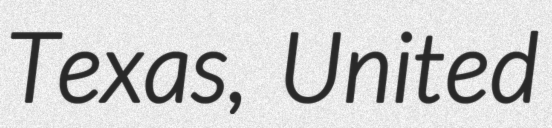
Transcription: Texas, United